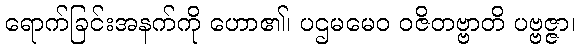
ရောက်ခြင်းအနက်ကို ဟော၏၊ ပဌမမေဝ ဝဇိတဗ္ဗာတိ ပဗ္ဗဇ္ဇာ၊